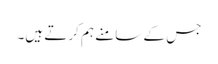
جس کے سامنے ہم کرتے ہیں۔